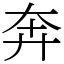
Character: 奔